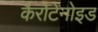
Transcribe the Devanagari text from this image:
कैरोटेनोइड